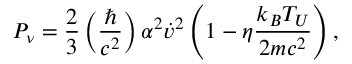
P _ { \nu } = \frac { 2 } { 3 } \left( \frac { \hbar } { c ^ { 2 } } \right) \alpha ^ { 2 } \dot { v } ^ { 2 } \left( 1 - \eta \frac { k _ { B } T _ { U } } { 2 m c ^ { 2 } } \right) ,